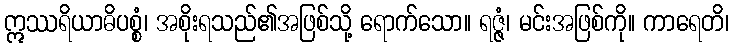
ဣဿရိယာဓိပစ္စံ၊ အစိုးရသည်၏အဖြစ်သို့ ရောက်သော။ ရဇ္ဇံ၊ မင်းအဖြစ်ကို။ ကာရေတိ၊